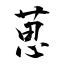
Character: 葸